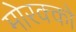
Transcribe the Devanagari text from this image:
मोरक्‍को